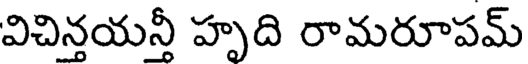
విచిన్తయన్తీ హృది రామరూపమ్